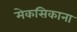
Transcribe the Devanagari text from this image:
मेकसिकाना